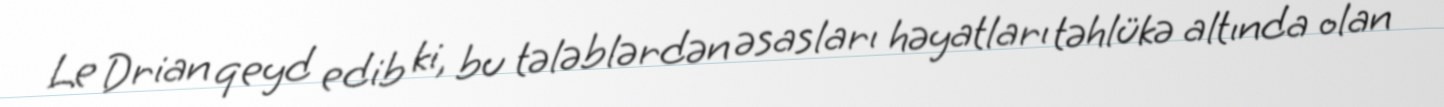
Le Drian qeyd edib ki, bu tələblərdən əsasları həyatları təhlükə altında olan